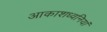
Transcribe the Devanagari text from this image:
आकाशध्वनियां